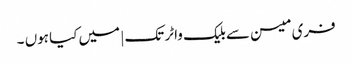
فری میسن سے بلیک واٹر تک | میں کیا ہوں ۔